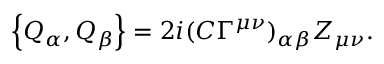
\left\{ Q _ { \alpha } , Q _ { \beta } \right\} = 2 i { ( C \Gamma ^ { \mu \nu } ) } _ { \alpha \beta } Z _ { \mu \nu } .